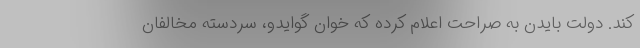
کند. دولت بایدن به صراحت اعلام کرده که خوان گوایدو، سردسته مخالفان